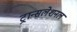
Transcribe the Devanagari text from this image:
ट्रान्सलेशनल